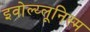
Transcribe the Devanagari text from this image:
इवोल्य्लूनिस्म